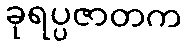
ခုရပ္ပဇာတက